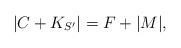
LaTeX: \begin{align*}|C+K_{S'}|=F+|M|,\end{align*}